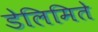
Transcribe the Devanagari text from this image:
डेलिमिते